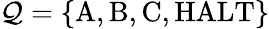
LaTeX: \mathcal{Q}=\{ {\mathrm{{A}}},{\mathrm{{B}}},{\mathrm{{C}}},{\mathrm{{HALT}}}\}